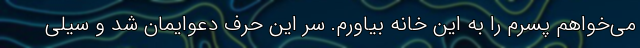
می‌خواهم پسرم را به این خانه بیاورم. سر این حرف دعوایمان شد و سیلی